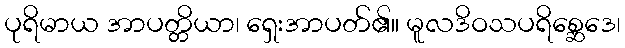
ပုရိမာယ အာပတ္တိယာ၊ ရှေးအာပတ်၏။ မူလဒိဝသပရိစ္ဆေဒေ၊